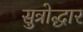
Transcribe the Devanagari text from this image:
सुत्रोद्धार